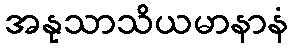
အနုသာသိယမာနာနံ